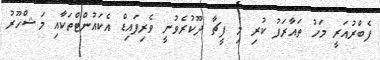
ފެބްރުއަރީ މަހު ތައާރަފު ކުރި މި ފީޗާ ދޫކުރެވުނީ ވެރިފައިޑް އެކައުންޓްތަކާއި މަޝްހޫރު